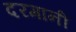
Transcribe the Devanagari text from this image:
दरमानी